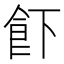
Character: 𱃣